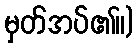
မှတ်အပ်၏။)